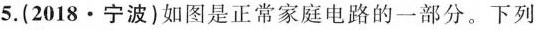
5.(2018\cdot 宁波)如图是正常家庭电路的一部分。下列